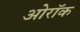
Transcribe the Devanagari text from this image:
ओरॉक